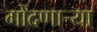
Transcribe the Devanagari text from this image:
गोंदणार्‍या